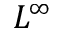
L ^ { \infty }